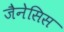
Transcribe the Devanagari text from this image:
जैनेसिस